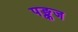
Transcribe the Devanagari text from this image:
पङ्कज